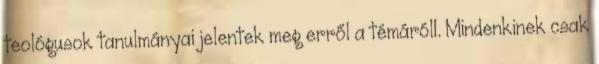
teológusok tanulmányai jelentek meg erről a témáról1. Mindenkinek csak